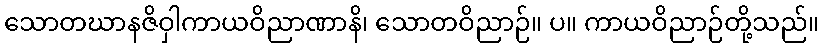
သောတဃာနဇိဝှါကာယဝိညာဏာနိ၊ သောတဝိညာဉ်။ ပ။ ကာယဝိညာဉ်တို့သည်။